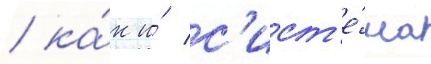
/ ка́к и́ с'ист'е́ма